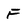
Character: F